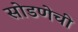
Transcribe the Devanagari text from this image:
सोडणेची